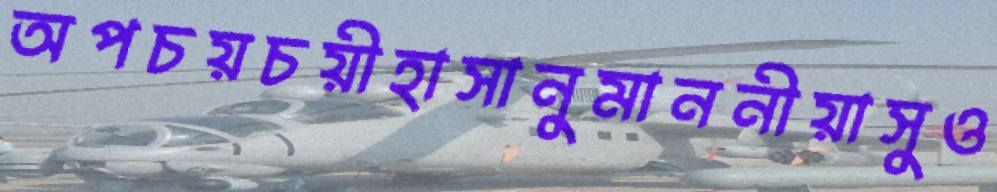
অপচয়চয়ীহাসানুমাননীয়াসুও